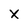
Character: x